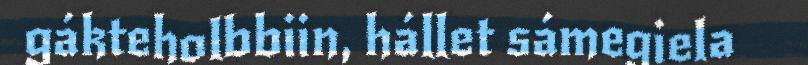
gákteholbbiin, hállet sámegiela